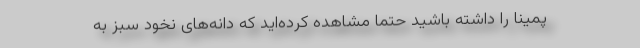
پمینا را داشته باشید حتما مشاهده کرده‌اید که دانه‌های نخود سبز به